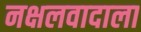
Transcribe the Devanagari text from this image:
नक्षलवादाला